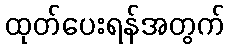
ထုတ်ပေးရန်အတွက်